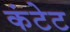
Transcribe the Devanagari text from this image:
कंटेट